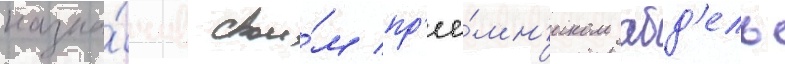
назна́чив свои́м пр'ее́мн'иком абд'ель